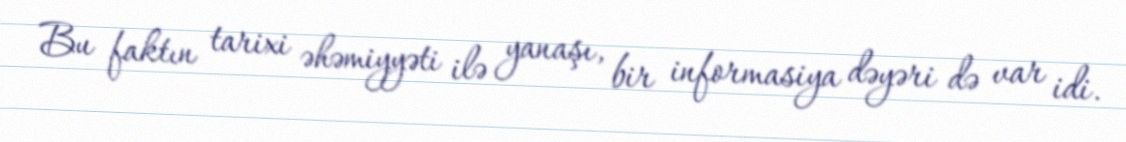
Bu faktın tarixi əhəmiyyəti ilə yanaşı, bir informasiya dəyəri də var idi.